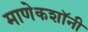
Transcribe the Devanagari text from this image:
माणेकशॉनी